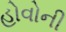
હોવોની